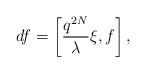
\begin{align*}df=\left[\frac{q^{2N}}{\lambda }\xi, f\right],~~~\end{align*}